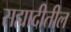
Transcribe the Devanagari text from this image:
सह्यादीतील